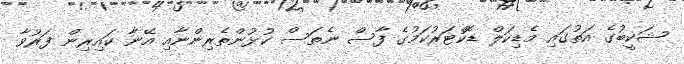
ޝަކީބުގެ އަތުގައި މެޑިކަލް ޑޮކްޓަރުކަމުގެ ފާސް ނެތަސް ކުޅުންތެރިންނާއި އޭނާ ކައިރިން ފަރުވާ